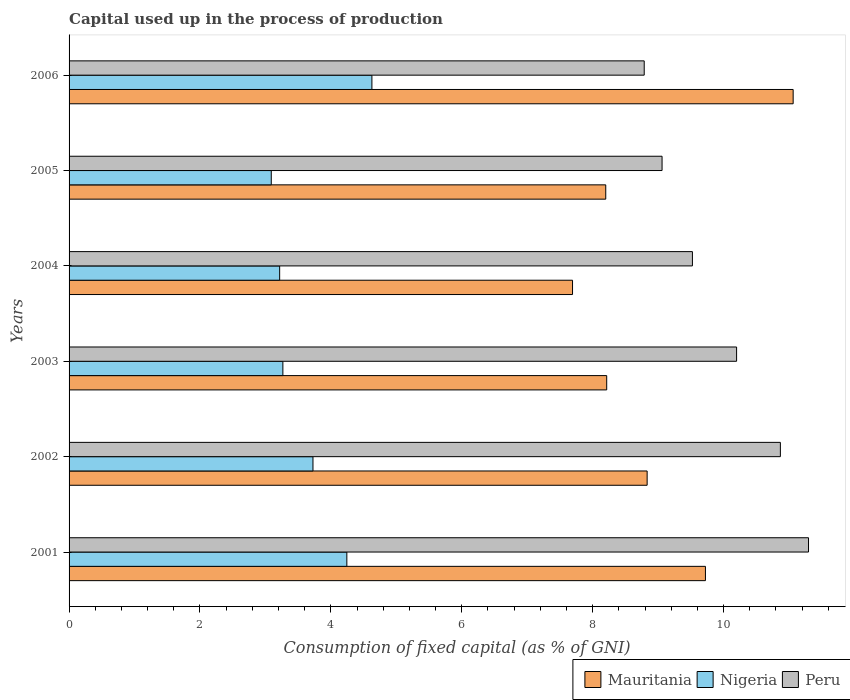
| Years | Mauritania | Nigeria | Peru |
 | --- | --- | --- | --- |
 | 2001 | 9.72 | 4.24 | 11.3 |
 | 2002 | 8.83 | 3.73 | 10.9 |
 | 2003 | 8.21 | 3.27 | 10.2 |
 | 2004 | 7.69 | 3.22 | 9.52 |
 | 2005 | 8.2 | 3.09 | 9.06 |
 | 2006 | 11.1 | 4.63 | 8.79 |